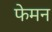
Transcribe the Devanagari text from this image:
फेमन